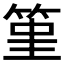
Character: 𥭤